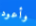
وأعود